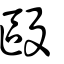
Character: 毆